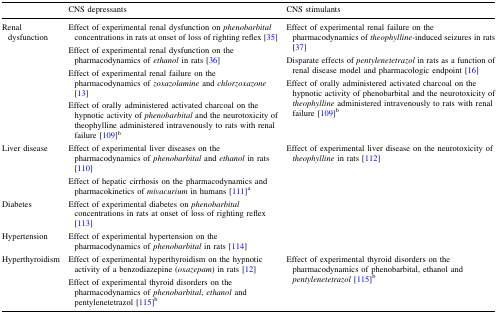
<table><thead><tr><td></td><td><b>CNS depressants</b></td><td><b>CNS stimulants</b></td></tr></thead><tbody><tr><td>Renal dysfunction</td><td>Effect of experimental renal dysfunction on <i>phenobarbital</i> concentrations in rats at onset of loss of righting reflex [35]Effect of experimental renal dysfunction on the pharmacodynamics of <i>ethanol</i> in rats [36]Effect of experimental renal failure on the pharmacodynamics of <i>zoxazolamine</i> and <i>chlorzoxazone</i> [13]Effect of orally administered activated charcoal on the hypnotic activity of <i>phenobarbital</i> and the neurotoxicity of theophylline administered intravenously to rats with renal failure [109]<sup>b</sup></td><td>Effect of experimental renal failure on the pharmacodynamics of <i>theophylline</i>-induced seizures in rats [37]Disparate effects of <i>pentylenetetrazol</i> in rats as a function of renal disease model and pharmacologic endpoint [16]Effect of orally administered activated charcoal on the hypnotic activity of phenobarbital and the neurotoxicity of <i>theophylline</i> administered intravenously to rats with renal failure [109]<sup>b</sup></td></tr><tr><td>Liver disease</td><td>Effect of experimental liver diseases on the pharmacodynamics of <i>phenobarbital</i> and <i>ethanol</i> in rats [110]Effect of hepatic cirrhosis on the pharmacodynamics and pharmacokinetics of <i>mivacurium</i> in humans [111]<sup>a</sup></td><td>Effect of experimental liver disease on the neurotoxicity of <i>theophylline</i> in rats [112]</td></tr><tr><td>Diabetes</td><td>Effect of experimental diabetes on <i>phenobarbital</i> concentrations in rats at onset of loss of righting reflex [113]</td><td></td></tr><tr><td>Hypertension</td><td>Effect of experimental hypertension on the pharmacodynamics of <i>phenobarbital</i> in rats [114]</td><td></td></tr><tr><td>Hyperthyroidism</td><td>Effect of experimental hyperthyroidism on the hypnotic activity of a benzodiazepine (<i>oxazepam</i>) in rats [12]Effect of experimental thyroid disorders on the pharmacodynamics of <i>phenobarbital</i>, <i>ethanol</i> and pentylenetetrazol [115]<sup>b</sup></td><td>Effect of experimental thyroid disorders on the pharmacodynamics of phenobarbital, ethanol and <i>pentylenetetrazol</i> [115]<sup>b</sup></td></tr></tbody></table>